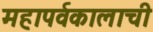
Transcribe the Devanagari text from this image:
महापर्वकालाची